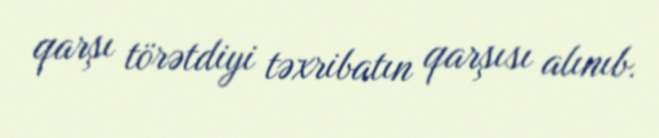
qarşı törətdiyi təxribatın qarşısı alınıb.